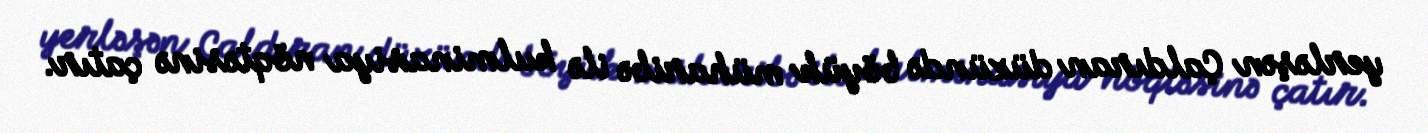
yerləşən Çaldıran düzündə böyük müharibə ilə kulminasiya nöqtəsinə çatır.